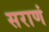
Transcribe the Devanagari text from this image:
सराणं